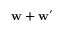
\ensuremath { \mathbf { w } } + \ensuremath { \mathbf { w } ^ { \prime } }